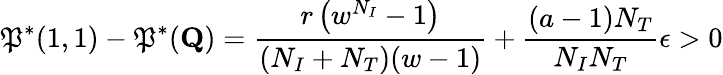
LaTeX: \mathfrak{P}^{*}(1,1)-\mathfrak{P}^{*}(\mathbf{{Q}})=\frac{{r\left(w^{N_{I}}-1\right)}}{{(N_{I}+N_{T})(w-1)}}+\frac{{(a-1)N_{T}}}{{N_{I}N_{T}}}\epsilon>0